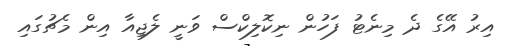
އިރު އޭގެ ދެ މިނެޓު ފަހުން ނިކޮލިކްސް ވަނީ ލެޖިއާ އިން މެޗުގައި